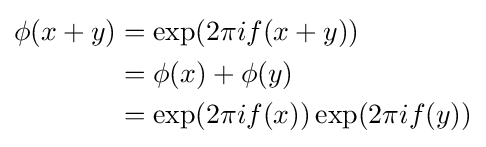
{\begin{aligned}\phi (x+y)&=\exp({2\pi i}f(x+y))\\&=\phi (x)+\phi (y)\\&=\exp(2\pi if(x))\exp(2\pi if(y))\end{aligned}}